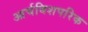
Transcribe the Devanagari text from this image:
आर्चबिशपरिक